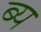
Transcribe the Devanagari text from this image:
ब्य